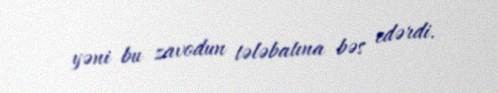
yəni bu zavodun tələbatına bəs edərdi.